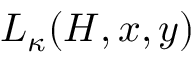
L _ { \kappa } ( H , x , y )